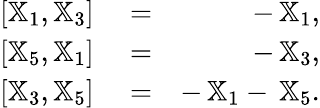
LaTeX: \begin{array}{rlr}{[{\mathbb X}_{1},{\mathbb X}_{3}]}&{{}=}&{-\, {\mathbb X}_{1},}\\ {[{\mathbb X}_{5},{\mathbb X}_{1}]}&{{}=}&{-\, {\mathbb X}_{3},}\\ {[{\mathbb X}_{3},{\mathbb X}_{5}]}&{{}=}&{-\, {\mathbb X}_{1}-\, {\mathbb X}_{5}.}\end{array}